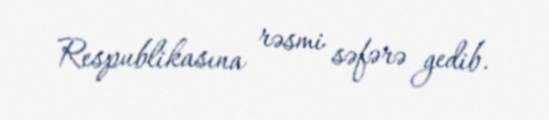
Respublikasına rəsmi səfərə gedib.